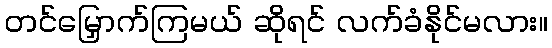
တင်မြှောက်ကြမယ် ဆိုရင် လက်ခံနိုင်မလား။